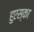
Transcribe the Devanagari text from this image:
हुएस्का